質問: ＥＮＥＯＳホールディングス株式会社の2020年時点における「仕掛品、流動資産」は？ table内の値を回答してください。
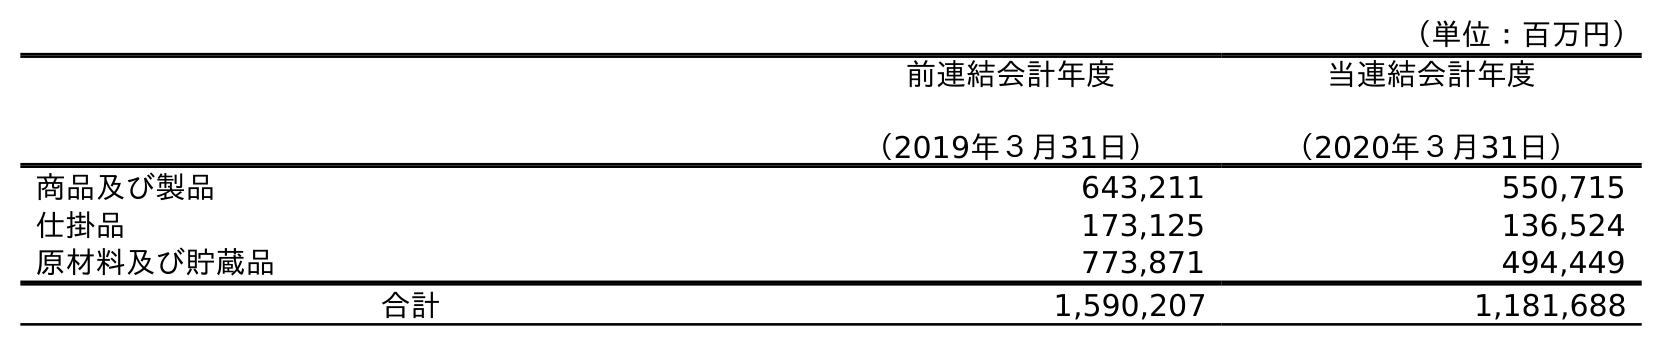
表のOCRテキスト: （単位：百万円） 前連結会計年度 （2019年３月31日） 当連結会計年度 （2020年３月31日） 商品及び製品 643,211 550,715 仕掛品 173,125 136,524 原材料及び貯蔵品 773,871 494,449 合計 1,590,207 1,181,688
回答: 136,524